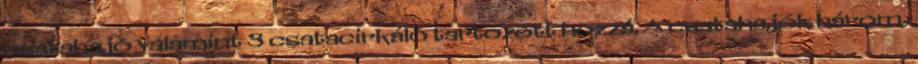
csatahajó valamint 3 csatacirkáló tartozott hozzá. A csatahajók három,